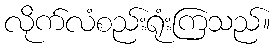
လိုက်လံစည်းရုံးကြသည်။